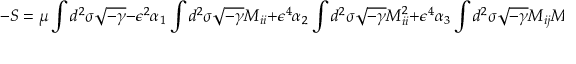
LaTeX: - S = \mu \int d ^ { 2 } \sigma \sqrt { - \gamma } - \epsilon ^ { 2 } \alpha _ { 1 } \int d ^ { 2 } \sigma \sqrt { - \gamma } \: M _ { i i } + \epsilon ^ { 4 } \alpha _ { 2 } \int d ^ { 2 } \sigma \sqrt { - \gamma } \: M _ { i i } ^ { 2 } + \epsilon ^ { 4 } \alpha _ { 3 } \int d ^ { 2 } \sigma \sqrt { - \gamma } \: M _ { i j } M _ { i j } ,